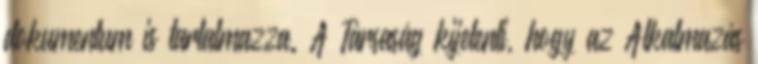
dokumentum is tartalmazza. A Társaság kijelenti, hogy az Alkalmazás